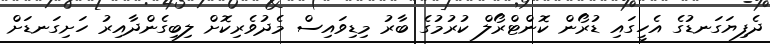
ދެފިޔަގަނޑުގެ އެހީގައި ޑުރޯން ކޮންޓްރޯލް ކުރުމުގެ ބާރު މިޑިވައިސް މެދުވެރިކޮށް ލިބިގެންދާއިރު ހަށިގަނޑަށް